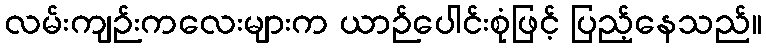
လမ်းကျဉ်းကလေးများက ယာဉ်ပေါင်းစုံဖြင့် ပြည့်နေသည်။